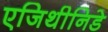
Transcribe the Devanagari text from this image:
एजिथीनिडे